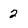
Character: 2